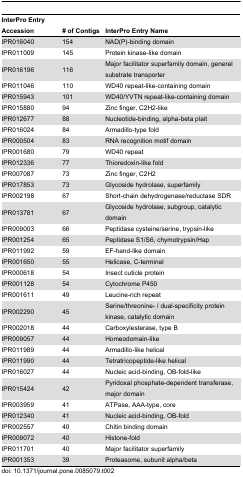
| InterPro Entry Accession | # of Contigs | InterPro Entry Name |
 | --- | --- | --- |
 | IPR016040 | 154 | NAD(P)-binding domain |
 | IPR011009 | 145 | Protein kinase-like domain |
 | IPR016196 | 116 | Major facilitator superfamily domain, general substrate transporter |
 | IPR011046 | 110 | WD40 repeat-like-containing domain |
 | IPR015943 | 101 | WD40/YVTN repeat-like-containing domain |
 | IPR015880 | 94 | Zinc finger, C2H2-like |
 | IPR012677 | 88 | Nucleotide-binding, alpha-beta plait |
 | IPR016024 | 84 | Armadillo-type fold |
 | IPR000504 | 83 | RNA recognition motif domain |
 | IPR001680 | 79 | WD40 repeat |
 | IPR012336 | 77 | Thioredoxin-like fold |
 | IPR007087 | 73 | Zinc finger, C2H2 |
 | IPR017853 | 73 | Glycoside hydrolase, superfamily |
 | IPR002198 | 67 | Short-chain dehydrogenase/reductase SDR |
 | IPR013781 | 67 | Glycoside hydrolase, subgroup, catalytic domain |
 | IPR009003 | 66 | Peptidase cysteine/serine, trypsin-like |
 | IPR001254 | 65 | Peptidase S1/S6, chymotrypsin/Hap |
 | IPR011992 | 59 | EF-hand-like domain |
 | IPR001650 | 55 | Helicase, C-terminal |
 | IPR000618 | 54 | Insect cuticle protein |
 | IPR001128 | 54 | Cytochrome P450 |
 | IPR001611 | 49 | Leucine-rich repeat |
 | IPR002290 | 45 | Serine/threonine- / dual-specificity protein kinase, catalytic domain |
 | IPR002018 | 44 | Carboxylesterase, type B |
 | IPR009057 | 44 | Homeodomain-like |
 | IPR011989 | 44 | Armadillo-like helical |
 | IPR011990 | 44 | Tetratricopeptide-like helical |
 | IPR016027 | 44 | Nucleic acid-binding, OB-fold-like |
 | IPR015424 | 42 | Pyridoxal phosphate-dependent transferase, major domain |
 | IPR003959 | 41 | ATPase, AAA-type, core |
 | IPR012340 | 41 | Nucleic acid-binding, OB-fold |
 | IPR002557 | 40 | Chitin binding domain |
 | IPR009072 | 40 | Histone-fold |
 | IPR011701 | 40 | Major facilitator superfamily |
 | IPR001353 | 39 | Proteasome, subunit alpha/beta |